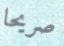
صريحا